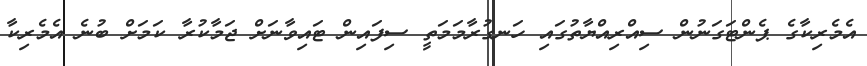
އެމެރިކާގެ ޕެންޓަގަނުން ސިއްރިއްޔާތުގައި ހަނގުރާމަމަތީ ސިފައިން ޓައިވާނަށް ޖަމާކުރާ ކަމަށް ބުނެ އެމެރިކާ